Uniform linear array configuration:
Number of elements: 32
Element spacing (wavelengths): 0.5
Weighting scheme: hamming
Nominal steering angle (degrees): -30
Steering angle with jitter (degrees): -30.825
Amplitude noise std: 0.05
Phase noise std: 0.05

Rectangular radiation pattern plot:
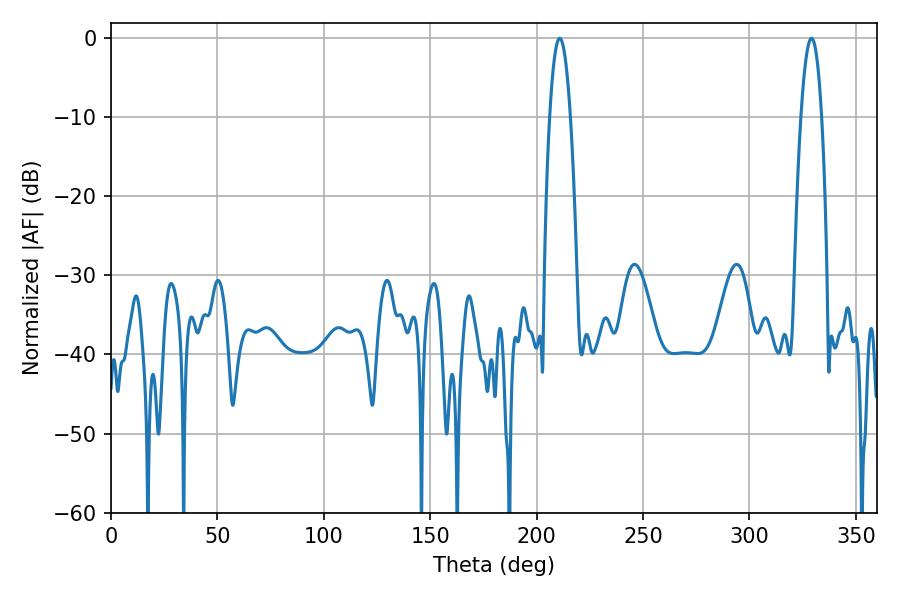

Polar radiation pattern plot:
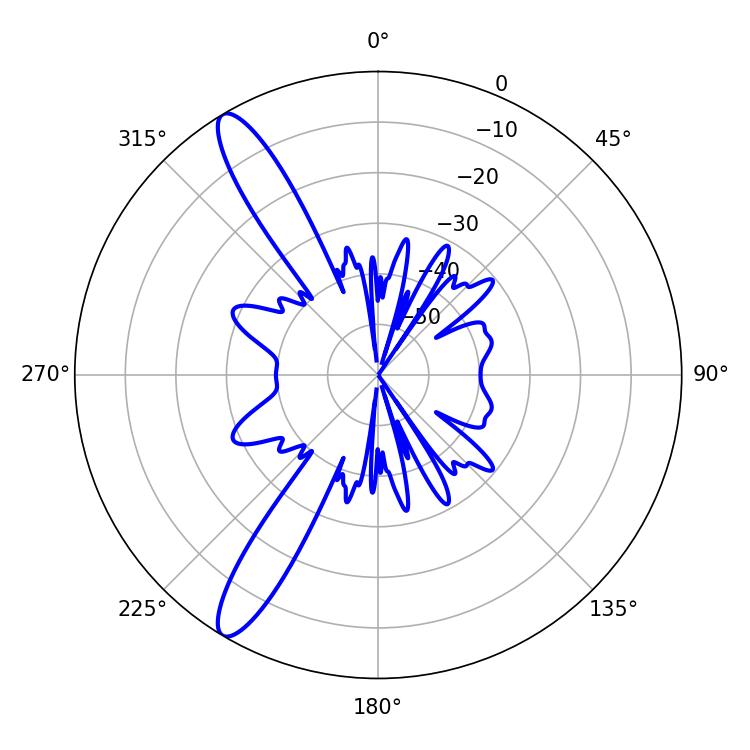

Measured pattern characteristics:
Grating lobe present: FALSE
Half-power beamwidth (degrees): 5.22
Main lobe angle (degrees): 210.78